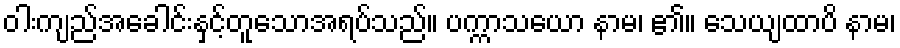
ဝါးကျည်အခေါင်းနှင့်တူသောအရပ်သည်။ ပက္ကာသယော နာမ၊ ၏။ သေယျထာပိ နာမ၊